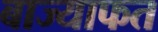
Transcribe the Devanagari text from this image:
बाज्याफत